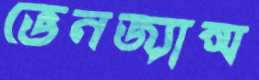
ভেনজ্যান্স